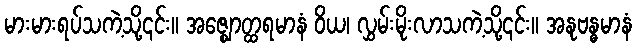
မားမားရပ်သကဲ့သို့၎င်း။ အဇ္ဈောတ္ထရမာနံ ဝိယ၊ လွှမ်းမိုးလာသကဲ့သို့၎င်း။ အနုဗန္ဓမာနံ